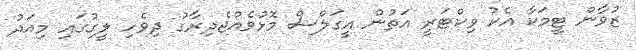
ޒުވާން ޓީމަކާ އެކު ވިކްޓަރީ އަތުން އީގަލްސް މޮޅުވެއްޖެދިރާގު ދިވެހި ލީގުގައި މިއަދު